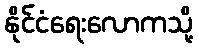
နိုင်ငံရေးလောကသို့